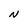
Character: N